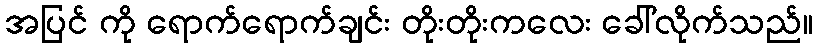
အပြင် ကို ရောက်ရောက်ချင်း တိုးတိုးကလေး ခေါ်လိုက်သည်။